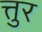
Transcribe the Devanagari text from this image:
त्तुर